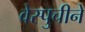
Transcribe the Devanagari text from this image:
वेस्पुचीने